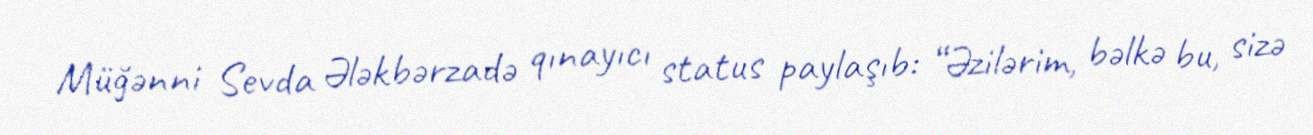
Müğənni Sevda Ələkbərzadə qınayıcı status paylaşıb: “Əzilərim, bəlkə bu, sizə